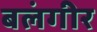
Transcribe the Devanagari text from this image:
बलंगीर